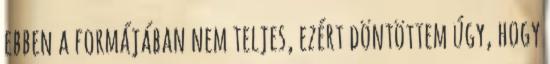
ebben a formájában nem teljes, ezért döntöttem úgy, hogy